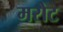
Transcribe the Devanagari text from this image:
मरोट